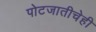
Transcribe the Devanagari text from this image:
पोटजातीचेही